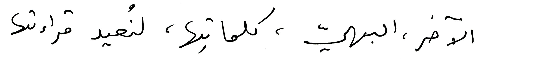
الآخر، البهيّ، كلماتِها، لنُعيد قراءتها